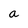
Character: a